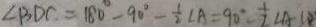
\angle B D C = 1 8 0 ^ { \circ } - 9 0 ^ { \circ } - \frac { 1 } { 2 } \angle A = 9 0 ^ { \circ } - \frac { 1 } { 2 } \angle A